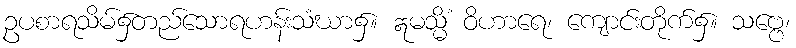
ဥပစာရသိမ်၌တည်သောရဟန်းသံဃာ၌။ ဣမသ္မိံ ဝိဟာရေ၊ ကျောင်းတိုက်၌။ သဗ္ဗေ၊